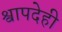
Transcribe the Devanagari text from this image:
श्वापदेही